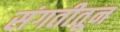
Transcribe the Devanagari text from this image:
संगतीतून